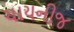
ચાયનીજ